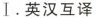
Ⅰ.英汉互译